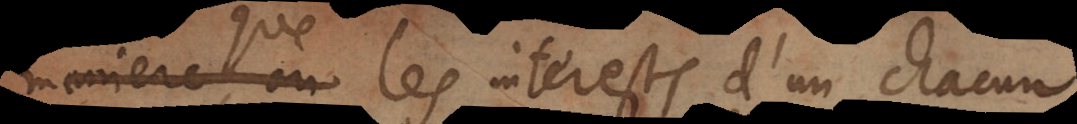
e les interests d’un chacun